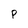
Character: P